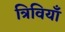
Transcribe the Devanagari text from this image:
त्रिवियाँ